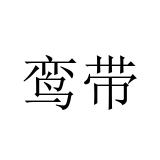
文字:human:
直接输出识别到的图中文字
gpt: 鸾带